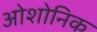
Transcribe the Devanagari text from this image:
ओशोनिक